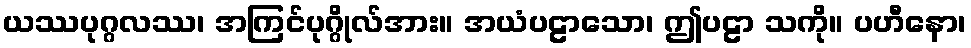
ယဿပုဂ္ဂလဿ၊ အကြင်ပုဂ္ဂိုလ်အား။ အယံပဠာသော၊ ဤပဠာ သကို။ ပဟီနော၊